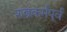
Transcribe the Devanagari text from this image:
शस्त्रकर्मपूर्व